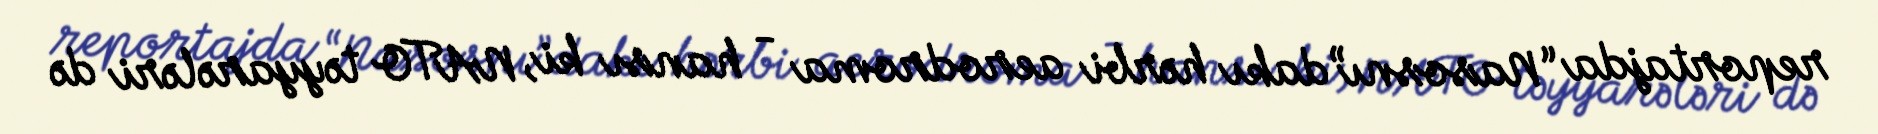
reportajda “Nasosnı”dakı hərbi aerodroma - hansı ki, NATO təyyarələri də